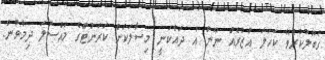
ގަބޫލުކުރެވޭ ކަހަލަ އުޒުރެއް ނޫން އެ ދައްކަނީ މިސާލަކަށް ކަރަންޓްގެ މައްސަލަ ދިމާވުން.